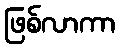
ဖြစ်လာကာ